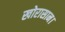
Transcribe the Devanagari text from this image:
खोरासान।